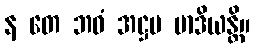
န တေ ဘဝံ အဋ္ဌမ မာဒိယန္တိ။